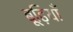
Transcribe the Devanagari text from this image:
बूढ़ियाँ